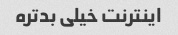
اینترنت خیلی بدتره